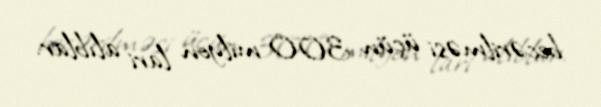
becərilməsi üçün 300 milyon lari alıblar.